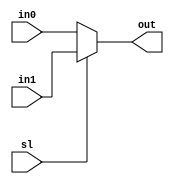
module mux2To1(in0, in1, sl, out);
        input [7:0] in0, in1;
        input sl;
        output [7:0] out;

        assign out = (sl == 1'b0) ? in0 : in1; 
endmodule